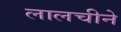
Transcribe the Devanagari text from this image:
लालचीने